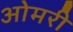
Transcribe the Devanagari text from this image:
ओमरी